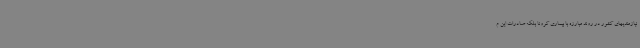
نیازمندیهای کشور در روند مبارزه با بیماری کرونا بلکه صادرات این م